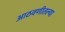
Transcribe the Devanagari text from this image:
आठवणीतल्या